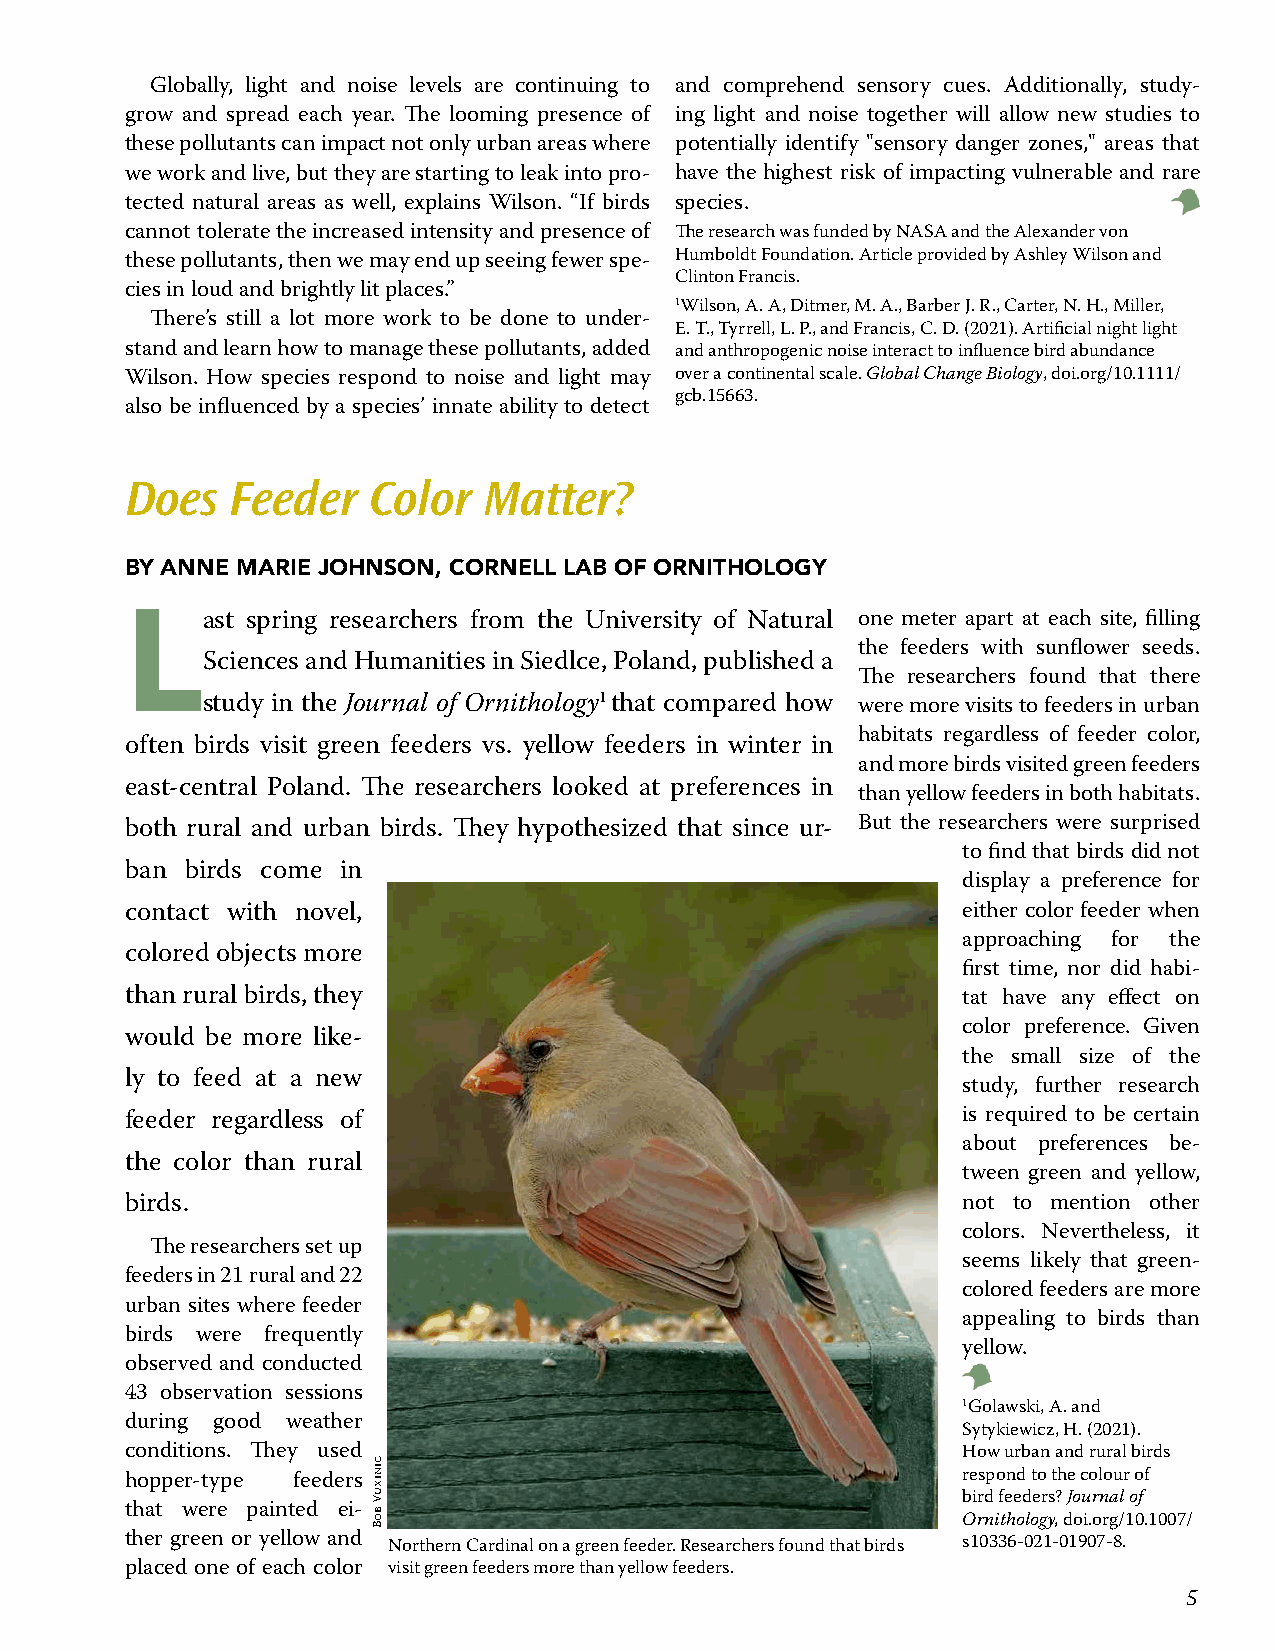
Globally, light and noise levels are continuing to and comprehend sensory cues. Additionally, study-
 grow and spread each year. The looming presence of ing light and noise together will allow new studies to
 these pollutants can impact not only urban areas where potentially identify "sensory danger zones," areas that
 we work and live, but they are starting to leak into pro- have the highest risk of impacting vulnerable and rare
 tected natural areas as well, explains Wilson. “If birds species.
 cannot tolerate the increased intensity and presence of The research was funded by NASA and the Alexander von
 these pollutants, then we may end up seeing fewer spe- Humboldt Foundation. Article provided by Ashley Wilson and
 Clinton Francis.
 cies in loud and brightly lit places.”
 1Wilson, A. A, Ditmer, M. A., Barber J. R., Carter, N. H., Miller,
 There’s still a lot more work to be done to under-
 E. T., Tyrrell, L. P., and Francis, C. D. (2021). Artificial night light
 stand and learn how to manage these pollutants, added and anthropogenic noise interact to influence bird abundance
 Wilson. How species respond to noise and light may over a continental scale. Global Change Biology, doi.org/10.1111/
 gcb.15663.
 also be influenced by a species’ innate ability to detect
 Does   Feeder   Color   Matter?
 BY ANNE MARIE JOHNSON, CORNELL LAB OF ORNITHOLOGY
 L
 ast spring researchers from the University of Natural one meter apart at each site, filling
 the feeders with sunflower seeds.
 Sciences and Humanities in Siedlce, Poland, published a
 The researchers found that there
 study in the Journal of Ornithology1 that compared how were more visits to feeders in urban
 habitats regardless of feeder color,
 often birds visit green feeders vs. yellow feeders in winter in
 and more birds visited green feeders
 east-central Poland. The researchers looked at preferences in
 than yellow feeders in both habitats.
 both rural and urban birds. They hypothesized that since ur- But the researchers were surprised
 to find that birds did not
 ban birds come in
 display a preference for
 contact with novel,                                     either color feeder when
 approaching for the
 colored objects more
 first time, nor did habi-
 than rural birds, they                                  tat have any effect on
 color preference. Given
 would be more like-
 the small size of the
 ly to feed at a new
 study, further research
 feeder regardless of                                    is required to be certain
 about preferences be-
 the color than rural
 tween green and yellow,
 birds.                                                  not to mention other
 colors. Nevertheless, it
 The researchers set up
 seems likely that green-
 feeders in 21 rural and 22
 colored feeders are more
 urban sites where feeder
 appealing to birds than
 birds were frequently
 yellow.
 observed and conducted
 43 observation sessions
 1Golawski, A. and
 during good weather
 Sytykiewicz, H. (2021).
 conditions. They used                                   How urban and rural birds
 hopper-type feeders                                     respond to the colour of
 bird feeders? Journal of
 that were painted ei-
 Ornithology, doi.org/10.1007/
 ther green or yellow and Northern Cardinal on a green feeder. Researchers found that birds s10336-021-01907-8.
 placed one of each color visit green feeders more than yellow feeders.
 55
 cinixuV
 boB